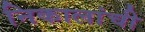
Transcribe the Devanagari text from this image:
निकालांची